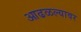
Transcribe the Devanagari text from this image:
आढळल्यावर